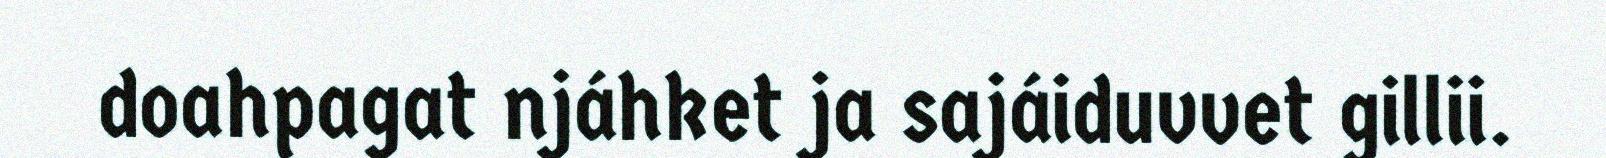
doahpagat njáhket ja sajáiduvvet gillii.